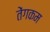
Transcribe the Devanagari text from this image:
तेंगकम